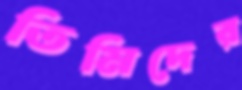
তিমিদের